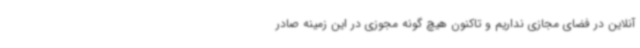
آنلاین در فضای مجازی نداریم و تاکنون هیچ گونه مجوزی در این زمینه صادر